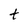
Character: t